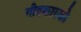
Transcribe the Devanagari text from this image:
गीतकारको